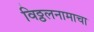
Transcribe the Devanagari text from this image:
विठ्ठलनामाचा